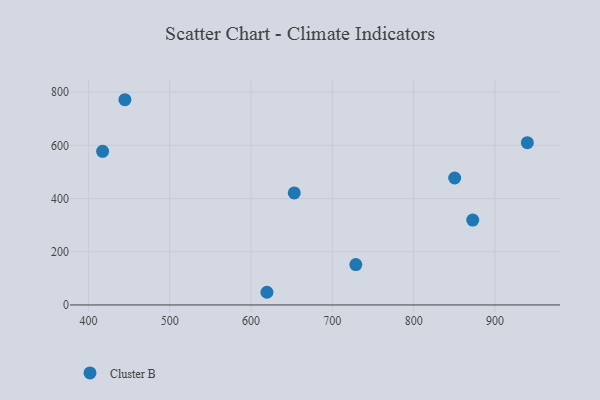
{"axis": {"x": "Speed", "y": "Demand"}, "legend": ["Cluster B"], "data": [{"x": "872.7", "y": 319.2, "type": "Cluster B"}, {"x": "939.9", "y": 610.1, "type": "Cluster B"}, {"x": "444.9", "y": 771.5, "type": "Cluster B"}, {"x": "619.6", "y": 47.7, "type": "Cluster B"}, {"x": "850.5", "y": 477.2, "type": "Cluster B"}, {"x": "653.2", "y": 421.0, "type": "Cluster B"}, {"x": "728.9", "y": 152.0, "type": "Cluster B"}, {"x": "417.5", "y": 577.4, "type": "Cluster B"}]}